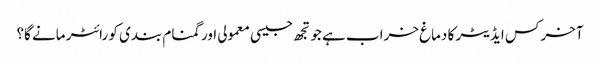
آخر کس ایڈیٹر کا دماغ خراب ہے جو تجھ جیسی معمولی اور گمنام بندی کو رائٹر مانے گا؟